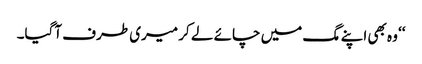
‘‘ وہ بھی اپنے مگ میں چائے لے کر میری طرف آگیا۔